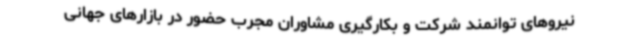
نیروهای توانمند شرکت و بکارگیری مشاوران مجرب حضور در بازارهای جهانی